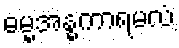
ဓမ္မအန္ဓကာရမလံ